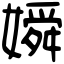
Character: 𡡞